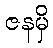
ဇနမှိ